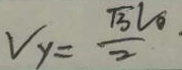
V _ { y } = \frac { \sqrt { 3 } V _ { 0 } } { 2 } .